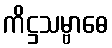
ကိဋ္ဌသမ္ဗာဓေ